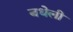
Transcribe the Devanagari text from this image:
बधेली